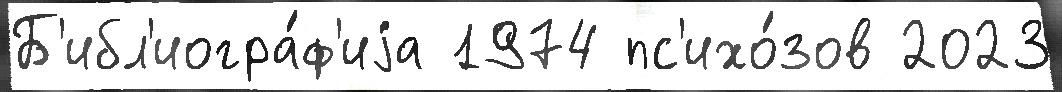
Б'ибл'иогра́ф'иjа 1974 пс'ихо́зов 2023